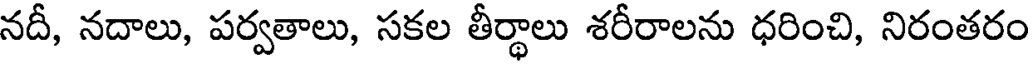
నదీ, నదాలు, పర్వతాలు, సకల తీర్థాలు శరీరాలను ధరించి, నిరంతరం